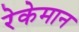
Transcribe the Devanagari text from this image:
रेकेमान